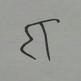
Signature authenticity: forged